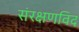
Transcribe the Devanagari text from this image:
संरक्षणविद